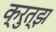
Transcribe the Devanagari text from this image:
क्रुत्झ